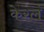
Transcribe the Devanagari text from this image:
केरलं